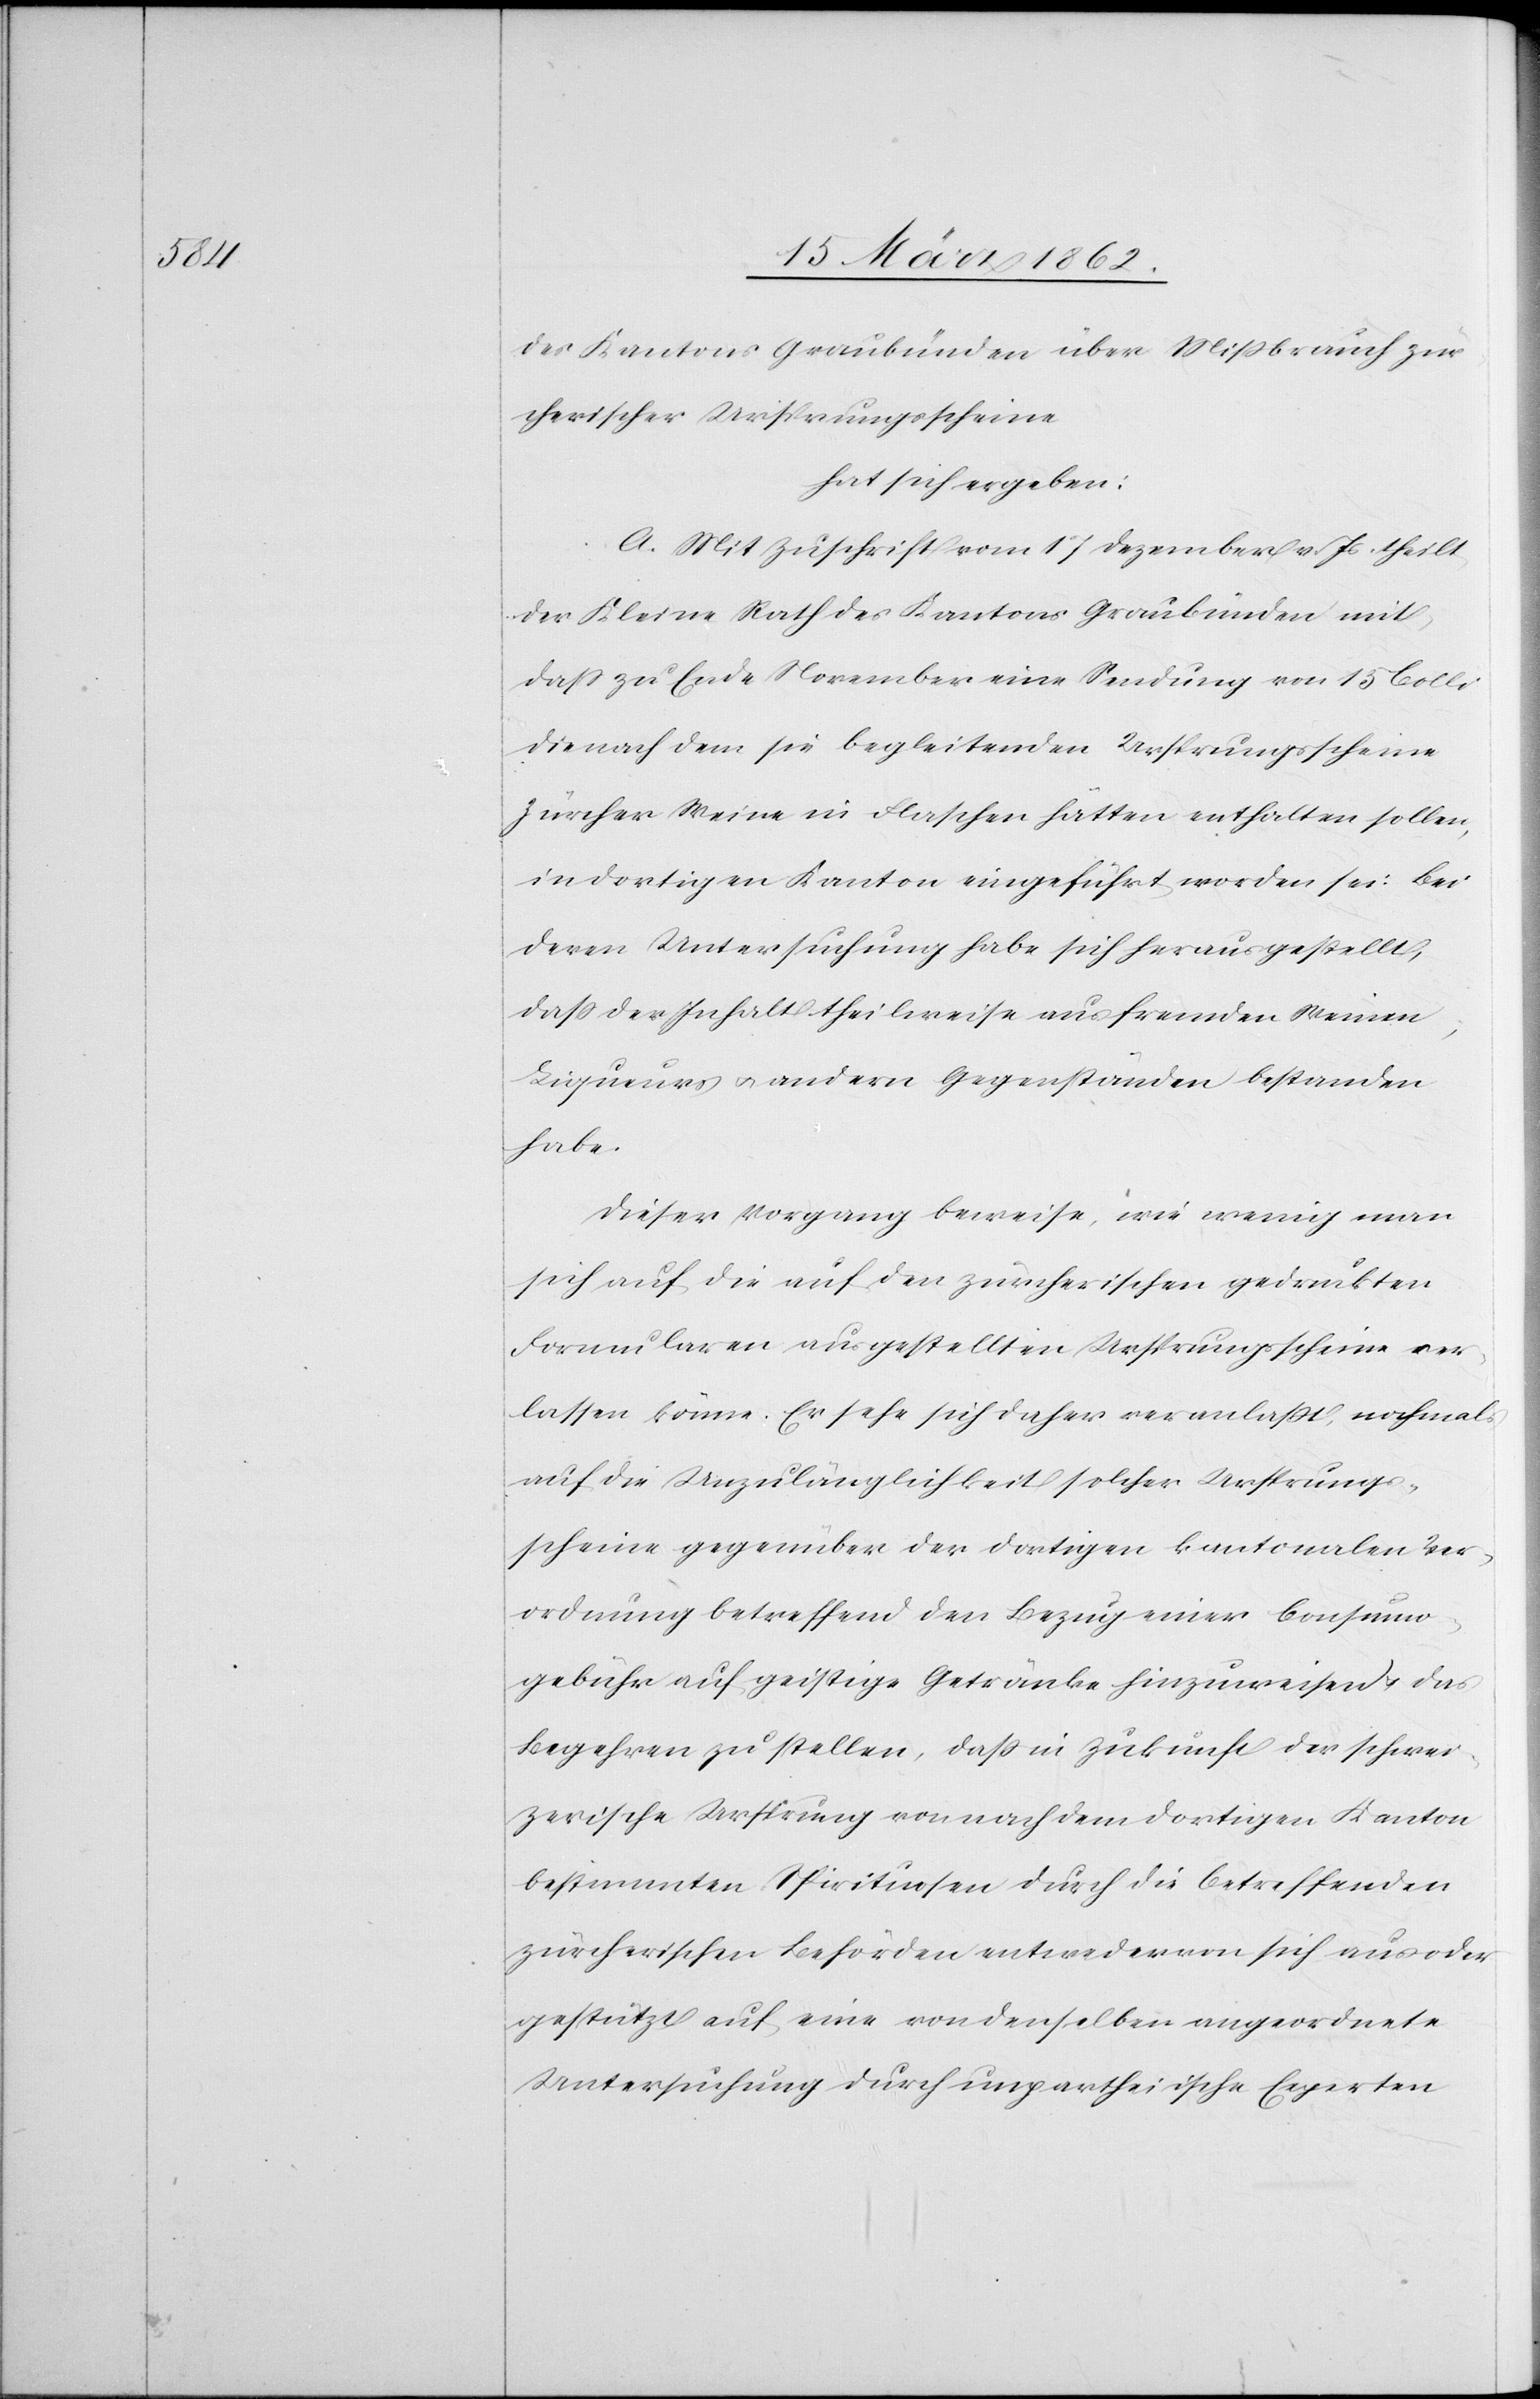
des Kantons Graubünden über Mißbrauch zür¬
cherischer Ursprungsscheine
hat sich ergeben:
A. Mit Zuschrift vom 17 Dezember v. Js. theilt
der Kleine Rath des Kantons Graubünden mit,
daß zu Ende November eine Sendung von 15 Colli
die nach dem sie begleitenden Ursprungsscheine
Zürcher Weine in Flaschen hätten enthalten sollen,
in dortigen Kanton eingeführt worden sei. Bei
deren Untersuchung habe sich herausgestellt,
daß der Inhalt theilweise aus fremden Weinen,
Liqueurs u. andern Gegenständen bestanden
habe.
Dieser Vorgang beweise, wie wenig man
sich auf die auf den zürcherischen gedruckten
Formularen ausgestellten Ursprungsscheine ver¬
lassen könne. Er sehe sich daher veranlaßt, nochmals
auf die Unzulänglichkeit solcher Ursprungs¬
scheine gegenüber der dortigen kantonalen Ver¬
ordnung betreffend den Bezug einer Consumo¬
gebühr auf geistige Getränke hinzuweisen u. das
Begehren zu stellen, daß in Zukunft der schwei¬
zerische Ursprung von nach dem dortigen Kanton
bestimmten Spirituosen durch die betreffenden
zürcherischen Behörden entweder von sich aus oder
gestützt auf eine von denselben angeordnete
Untersuchung durch unpartheiische Experten